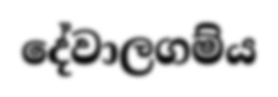
දේවාලගම්ය